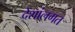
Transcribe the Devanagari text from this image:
देशांलगत